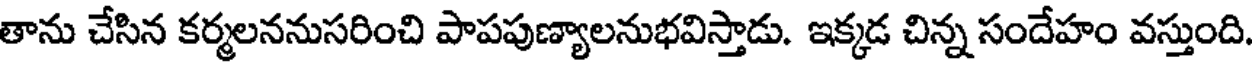
తాను చేసిన కర్మలననుసరించి పాపపుణ్యాలనుభవిస్తాడు. ఇక్కడ చిన్న సందేహం వస్తుంది